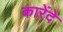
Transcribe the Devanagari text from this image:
कारेंदे